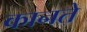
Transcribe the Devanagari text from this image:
कानते